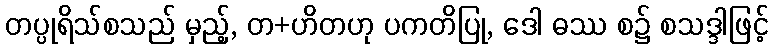
တပ္ပုရိသ်စသည် မှည့်, တ+ဟိတဟု ပကတိပြု, ဒေါ ဓဿ စ၌ စသဒ္ဒါဖြင့်